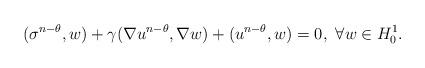
LaTeX: \begin{align*}(\sigma^{n-\theta},w)+\gamma(\nabla u^{n-\theta},\nabla w)+(u^{n-\theta},w)=0,~\forall w\in H_0^1.\end{align*}